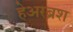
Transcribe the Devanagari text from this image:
हेअरब्रश